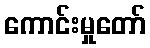
ကောင်းမှုတော်